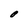
Character: O